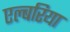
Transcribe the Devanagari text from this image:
एल्बरिया